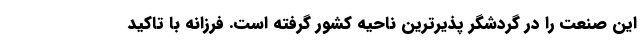
این صنعت را در گردشگر پذیرترین ناحیه کشور گرفته است. فرزانه با تاکید